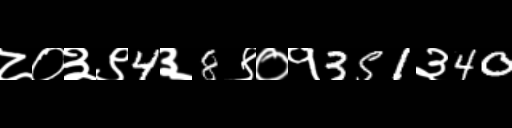
Text: ८०३९4३8९०१351३40